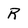
Character: R